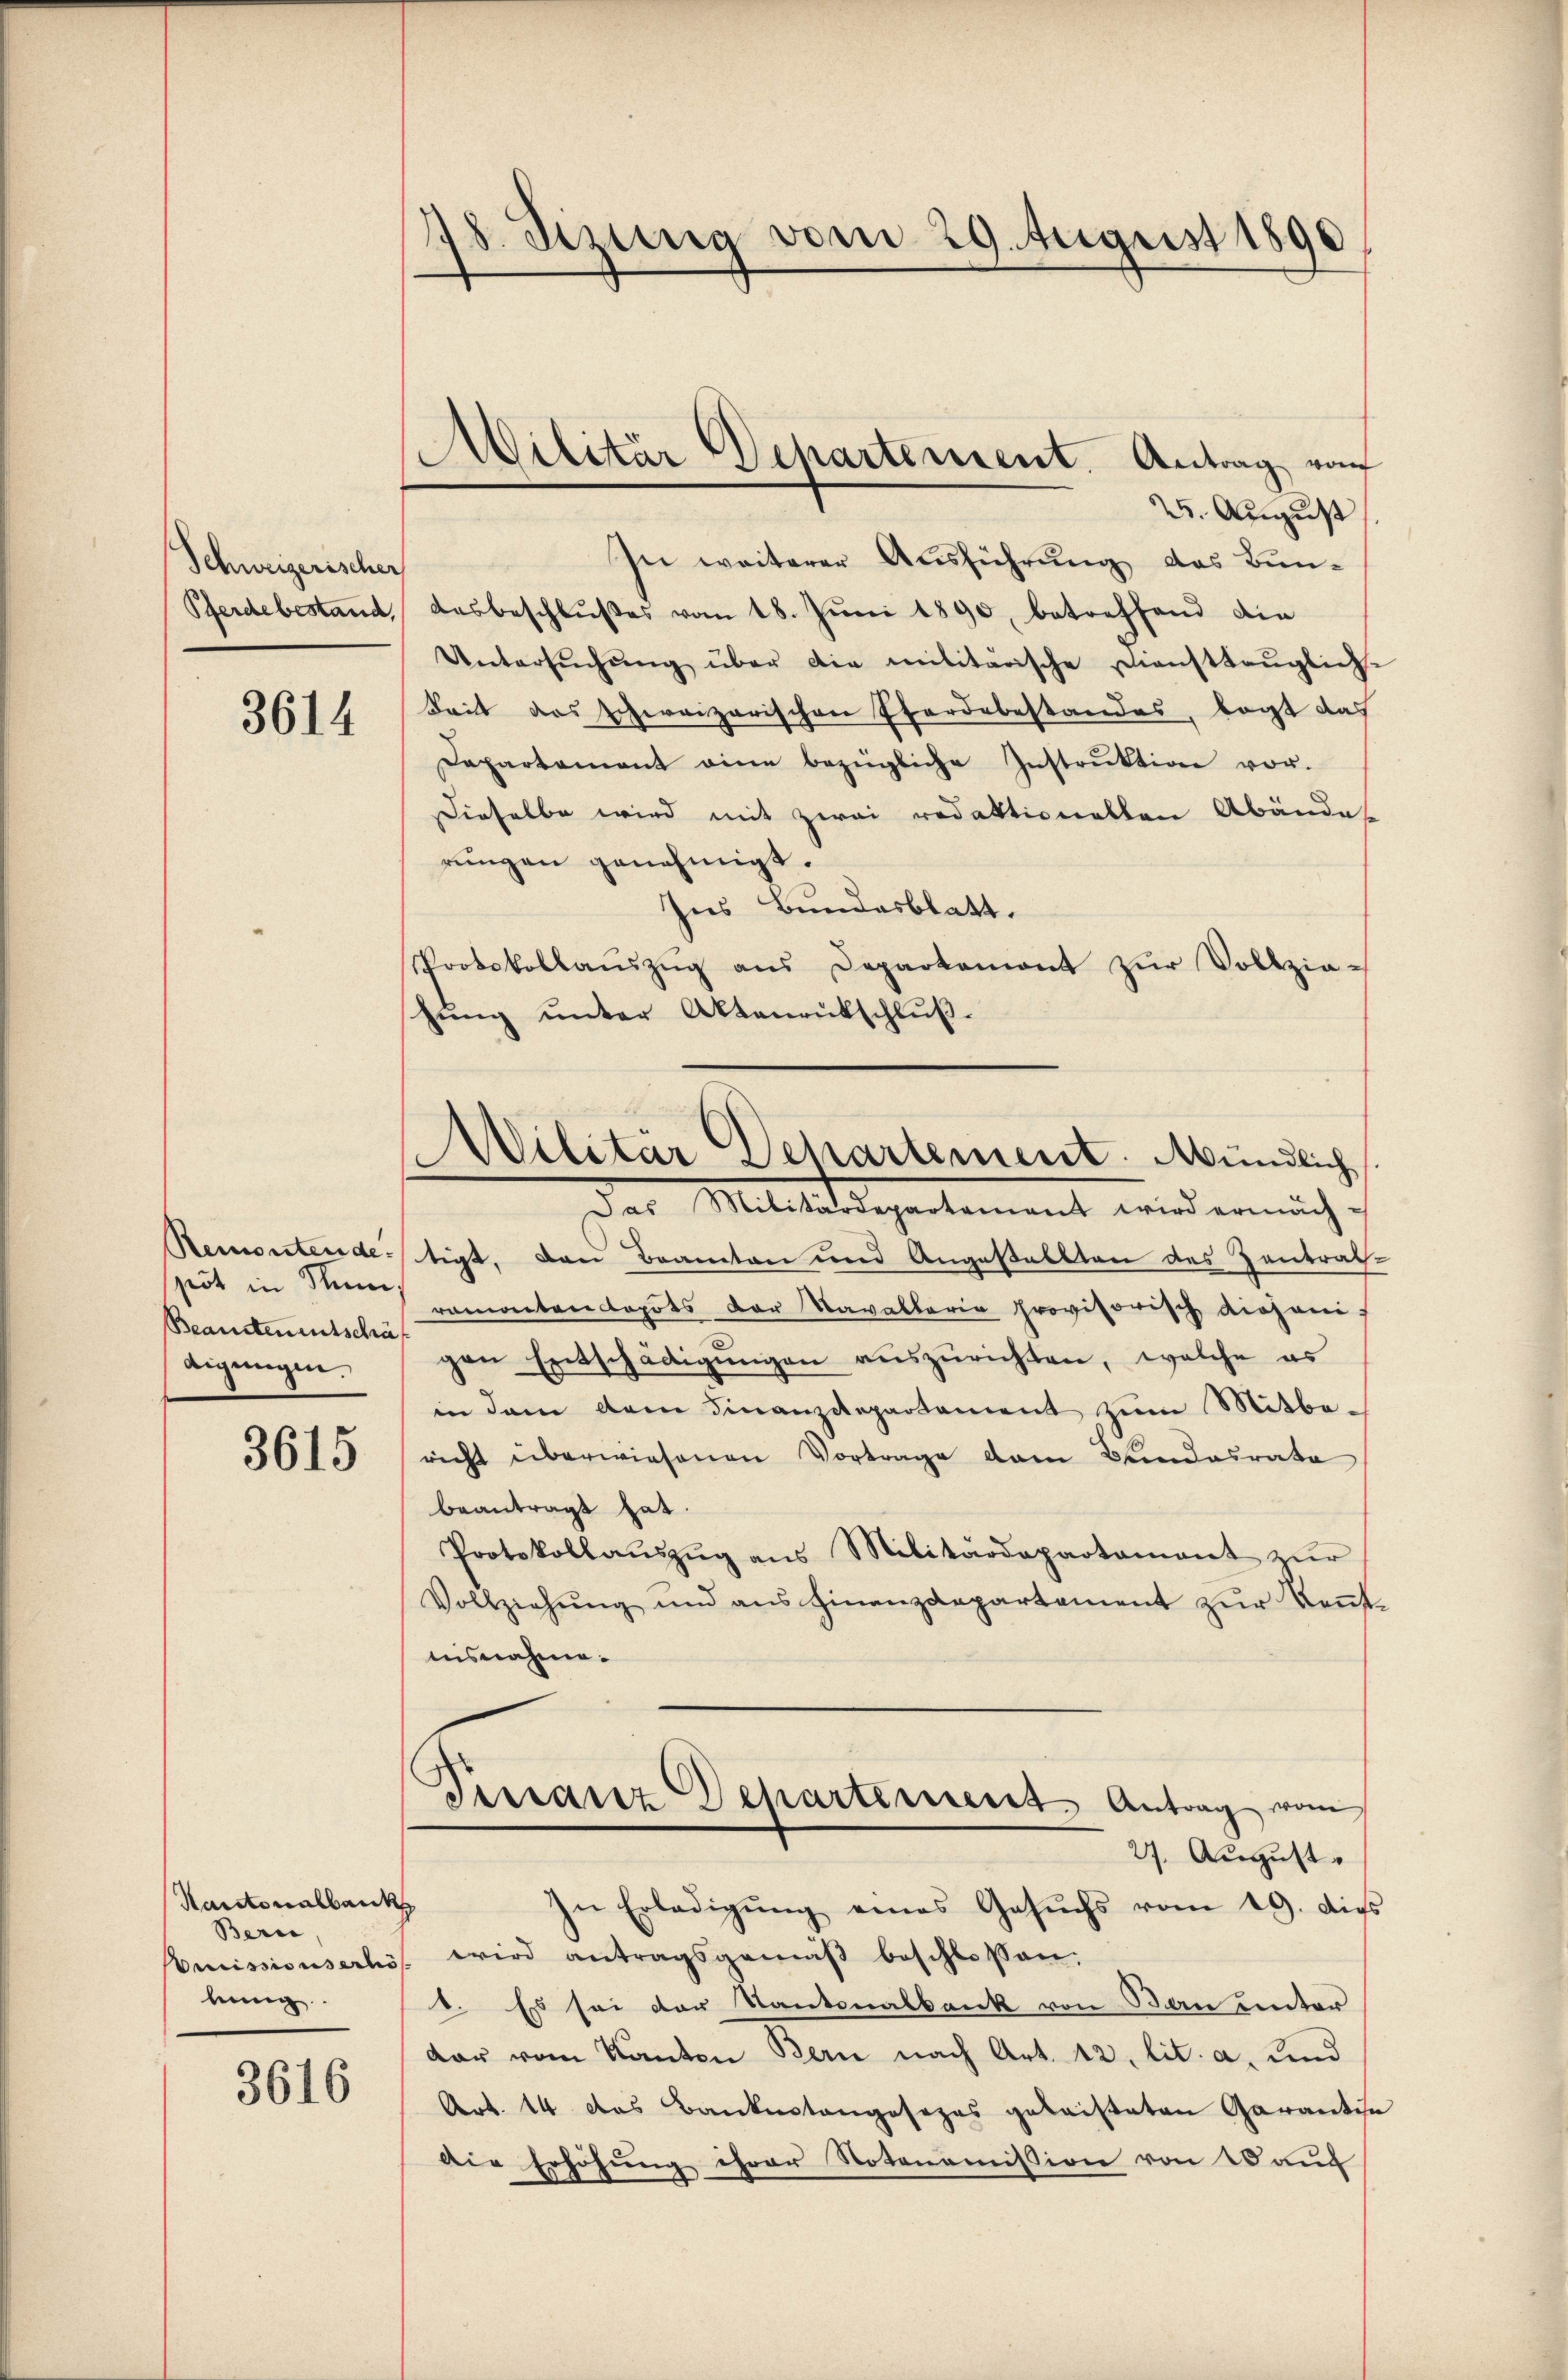
Schweizerischer
Pferde bestand,

3614

pöt in Num
Beanstementschäf
Aigungen.

3615

Kantonalbank
Bern,
Omissionserhö
lung

3616

78. Sezung vom 29. August 1890

.

25. August
In weiterer Ausführung des Bundesbeschlŭβes vom 18. Jŭni 1890, betreffend die
Untersŭchŭng über die militärische Diensttauglich-
Seit das schweizerischen Pferdebestandes, legt das
Departament eine bezügliche Instrŭktion vor.
Dieselbe wird mit zwei redaktionalten Abände
rungen genehmigt.
Ins Bundesblatt.
Protokollaŭszŭg ans Departemont zŭr Vollziehung unter Aktenrutschluß.
Remontende: tigt. Den Beamten und Angestellten des Zentrath
romantendepots der Navaltaria provisorisch diejenigen Entschädigungen auszurichten, welche es
in dem dem Finanzdepartament zum Mitbericht überwiesenen Vortrage dem Bundesrate
beantragt hat.
Protokollaŭszŭg ans Militärdepartamant zŭr
Vollziehŭng und ans Finanzdepartement zŭr Keṅt-
nisnahme.
Pestanz Departement Antrag vom
27. August.
In Erledigŭng eines Gesŭchs vom 19. die
wird antragsgemäβ beschlossen.
1. Es sei der Kantonalbank von Bau unter
dar vom Kanton Bern nach Art. 12. lit. a. und
Art. 14 das Bankestangesezes geleisteten Garantie
Die Erhöhung ihrer Notonomission von 10 auf

Militär Departement. Antrag vo

Militär Departement. Mündlich
Das Militärdepartement wird ermäch¬